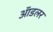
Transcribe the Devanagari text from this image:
ॲाडलर